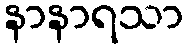
နာနာရသာ